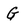
Character: G